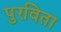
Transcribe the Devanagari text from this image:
पुरविता